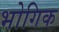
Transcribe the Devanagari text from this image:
भोगिक